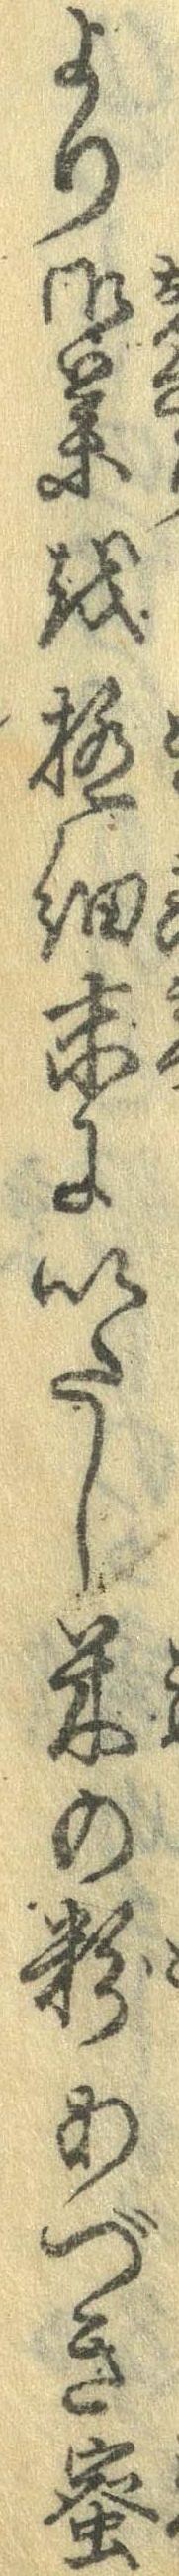
より御菜を極細末にいたし米の粉あづき蜜